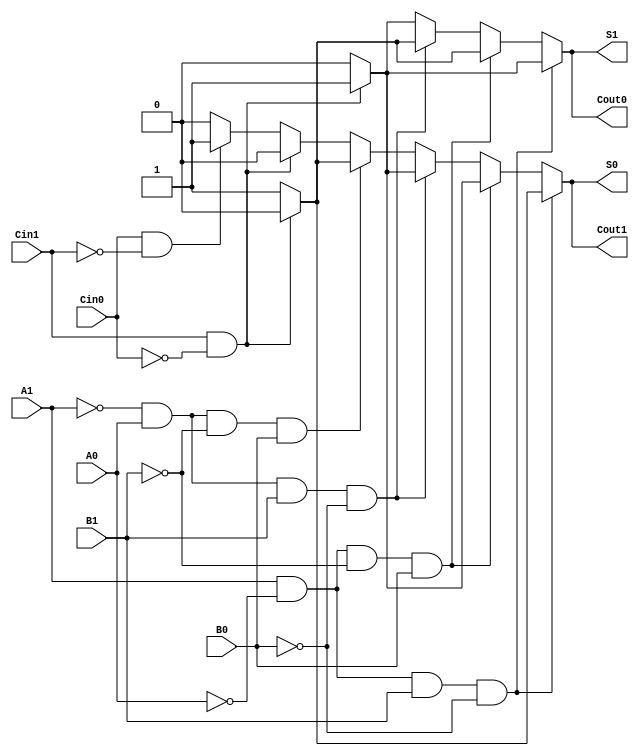
module dual_rail_full_adder (
    input A1, A0,    // Dual-rail representation of input A
    input B1, B0,    // Dual-rail representation of input B
    input Cin1, Cin0, // Dual-rail representation of carry-in
    output reg S1, S0, // Dual-rail representation of the sum output
    output reg Cout1, Cout0 // Dual-rail representation of the carry output
);

// Combinational logic for the dual-rail full adder
always @(*) begin
    // Initialize outputs to zero
    S1 = 0; S0 = 0;
    Cout1 = 0; Cout0 = 0;

    // Check the valid states of inputs
    if (A1 && !A0 && B1 && !B0) begin // A (1) + B (1)
        if (Cin1 && !Cin0) begin // Cin (1)
            S1 = 1; // Sum (1)
            Cout0 = 1; // Carry (0)
        end else begin // Cin (0)
            S0 = 1; // Sum (0)
            Cout1 = 1; // Carry (1)
        end
    end else if (A1 && !A0 && !B1 && B0) begin // A (1) + !B (1)
        if (Cin1 && !Cin0) begin // Cin (1)
            S0 = 1; // Sum (0)
            Cout1 = 1; // Carry (1)
        end else begin // Cin (0)
            S1 = 1; // Sum (1)
            Cout0 = 1; // Carry (0)
        end
    end else if (!A1 && A0 && B1 && !B0) begin // !A (1) + B (1)
        if (Cin1 && !Cin0) begin // Cin (1)
            S0 = 1; // Sum (0)
            Cout1 = 1; // Carry (1)
        end else begin // Cin (0)
            S1 = 1; // Sum (1)
            Cout0 = 1; // Carry (0)
        end
    end else if (!A1 && A0 && !B1 && B0) begin // !A (1) + !B (1)
        if (Cin1 && !Cin0) begin // Cin (1)
            S1 = 1; // Sum (1)
            Cout0 = 1; // Carry (0)
        end else begin // Cin (0)
            S0 = 1; // Sum (0)
            Cout1 = 1; // Carry (1)
        end
    end else if (A1 && !A0 && !B1 && B0) begin // A (1) + !B (1)
        if (Cin1 && !Cin0) begin // Cin (1)
            S1 = 1; // Sum (1)
            Cout0 = 1; // Carry (0)
        end else begin // Cin (0)
            S0 = 1; // Sum (0)
            Cout1 = 1; // Carry (1)
        end
    end else if (!A1 && A0 && B1 && !B0) begin // !A (1) + B (1)
        if (Cin1 && !Cin0) begin // Cin (1)
            S1 = 1; // Sum (1)
            Cout0 = 1; // Carry (0)
        end else begin // Cin (0)
            S0 = 1; // Sum (0)
            Cout1 = 1; // Carry (1)
        end
    end else if (!A1 && A0 && !B1 && B0) begin // !A (1) + !B (1)
        if (Cin1 && !Cin0) begin // Cin (1)
            S1 = 1; // Sum (1)
            Cout0 = 1; // Carry (0)
        end else begin // Cin (0)
            S0 = 1; // Sum (0)
            Cout1 = 1; // Carry (1)
        end
    end else if (Cin1 && !Cin0) begin // Cin (1) with no other inputs
        S1 = 1; // Sum (1)
        Cout0 = 1; // Carry (0)
    end else if (Cin0 && !Cin1) begin // Cin (0) with no other inputs
        S0 = 1; // Sum (0)
        Cout1 = 1; // Carry (1)
    end
end

endmodule